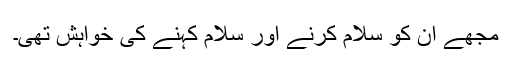
مجھے ان کو سلام کرنے اور سلام کہنے کی خواہش تھی۔